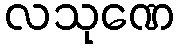
လသုဏေ